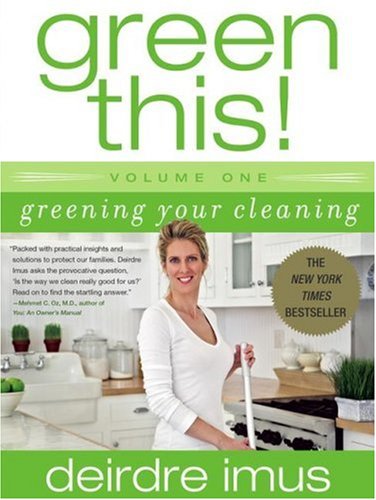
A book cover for Green This! Volume 1: Greening Your Cleaning; Deirdre Imus; Crafts, Hobbies & Home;